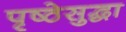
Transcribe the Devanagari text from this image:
पृष्ठेसुद्धा